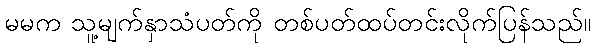
မမက သူ့မျက်နှာသံပတ်ကို တစ်ပတ်ထပ်တင်းလိုက်ပြန်သည်။